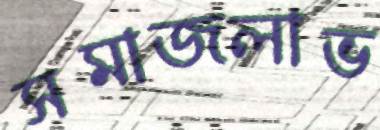
সমাজলাভ